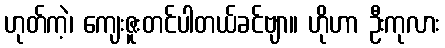
ဟုတ်ကဲ့၊ ကျေးဇူးတင်ပါတယ်ခင်ဗျာ။ ဟိုဟာ ဦးကုလား